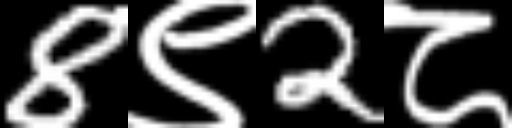
Text: 8९2८